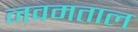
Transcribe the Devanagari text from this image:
नवमताल